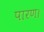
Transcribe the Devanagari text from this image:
पारण।